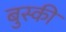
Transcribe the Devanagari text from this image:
बुस्की